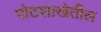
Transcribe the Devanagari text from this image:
पोटशाखेतील